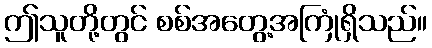
ဤသူတို့တွင် စစ်အတွေ့အကြုံရှိသည်။